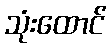
သုံးထောင်